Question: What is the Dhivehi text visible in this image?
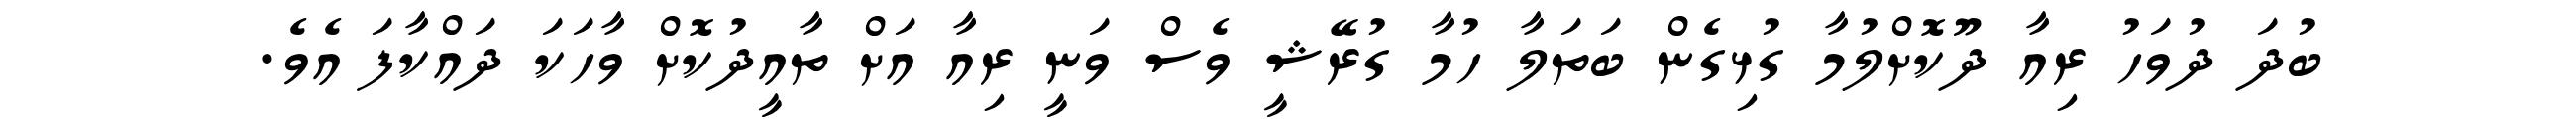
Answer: ބުދަ ދުވަހު ރިއާ ދޫކޮށްލުމާ ގުޅިގެން ބަތަލާ ހުމާ ގުރޭޝީ ވެސް ވަނީ ރިއާ އަށް ތާއީދުކޮށް ވާހަކަ ދައްކާފަ އެވެ.